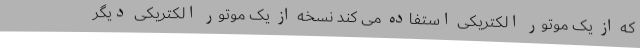
که از یک موتور الکتریکی استفاده می کند نسخه از یک موتور الکتریکی دیگر